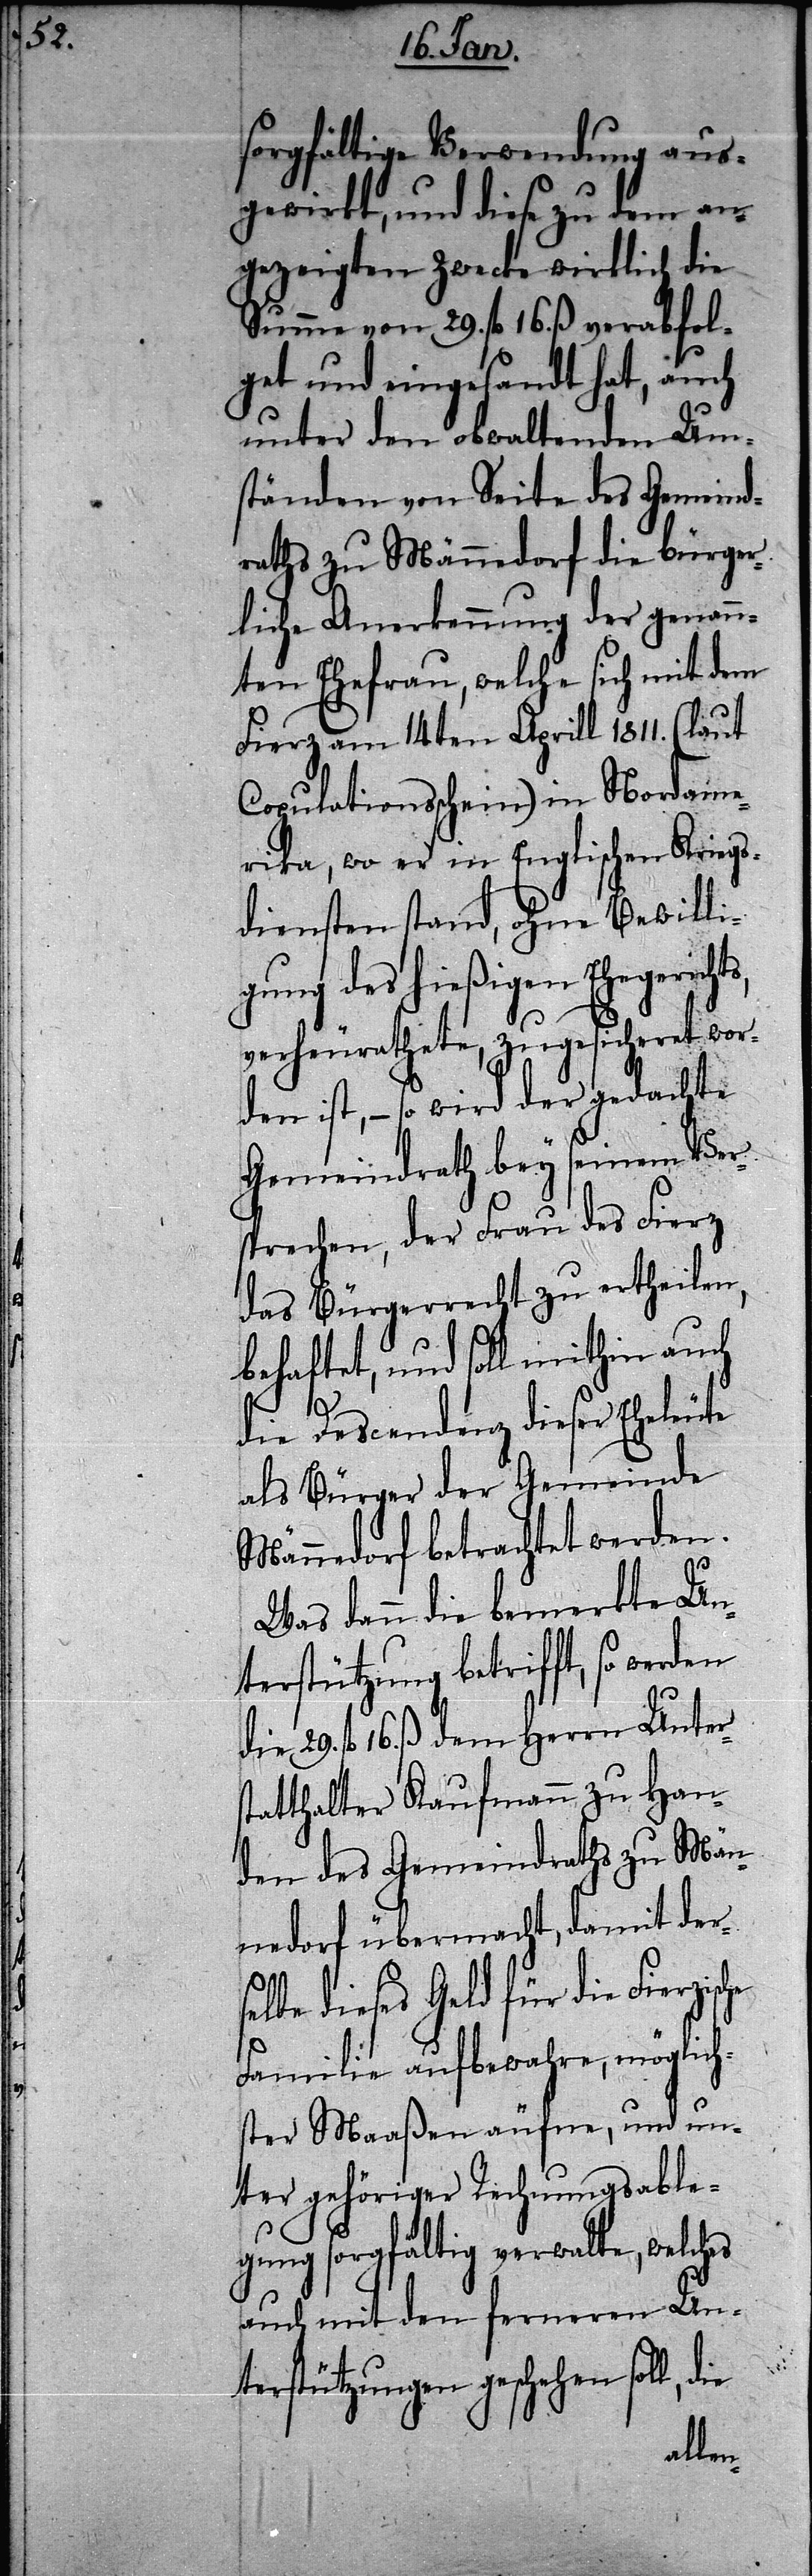
che

sorgfältige Verwendung aus¬
gewirkt, und diese zu dem an¬
gezeigten Zwecke wirklich die
Summe von 29. fl. 16. ß verabfol¬
get und eingesandt hat, auch
unter den obwaltenden Um¬
ständen von Seite des Gemeind¬
raths zu Männedorf die bürger¬
liche Anerkennung der genann¬
ten Ehefrau, welche sich mit dem
Fierz am 14ten Aprill 1811. (laut
Copulationsschein) in Nordame¬
rika, wo er in Englischen Kriegs¬
diensten stand, ohne Bewilli¬
gung des hießigen Ehegericht¬
verheurathete, zugesicheret wor¬
den ist, – so wird der gedachte
Gemeindrath bey seinem Ver¬
sprechen, der Frau des Fierz
das Bürgerrecht zu ertheilen,
behaftet, und soll mithin auch
die Descendenz dieser Eheleute
als Bürger der Gemeinde
Männedorf betrachtet werden.
Was dann die bemerkte Un¬
terstützung betrifft, so werden
fl. 16. ß dem Herrn Unters¬
tatthalter Kaufmann zu Han¬
den des Gemeindraths zu Män¬
nedorf übermacht, damit der¬
lbe dieses Geld für die Fierzis¬
Familie aufbewahre, möglich¬
ster Maaßen äufne, und un¬
ter gehöriger Rechnungsable¬
gung sorgfältig verwalte, welches
auch mit den ferneren Un¬
terstützungen geschehen soll,